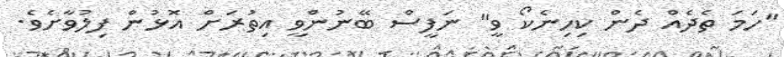
"ހަމަ ތެދެއް ދެން ކިހިނެކޯ ވީ" ނަފީސް ބޭނުންވީ އިތުރަށް އޮޅުން ފިލުވާށެވެ.